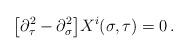
LaTeX: \begin{align*}\bigl[ \partial^2_\tau -\partial^2_\sigma \bigr]X^i (\sigma,\tau) = 0 \,.\end{align*}